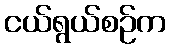
ငယ်ရွယ်စဉ်က